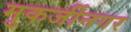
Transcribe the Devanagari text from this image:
मुकर्जीनगर